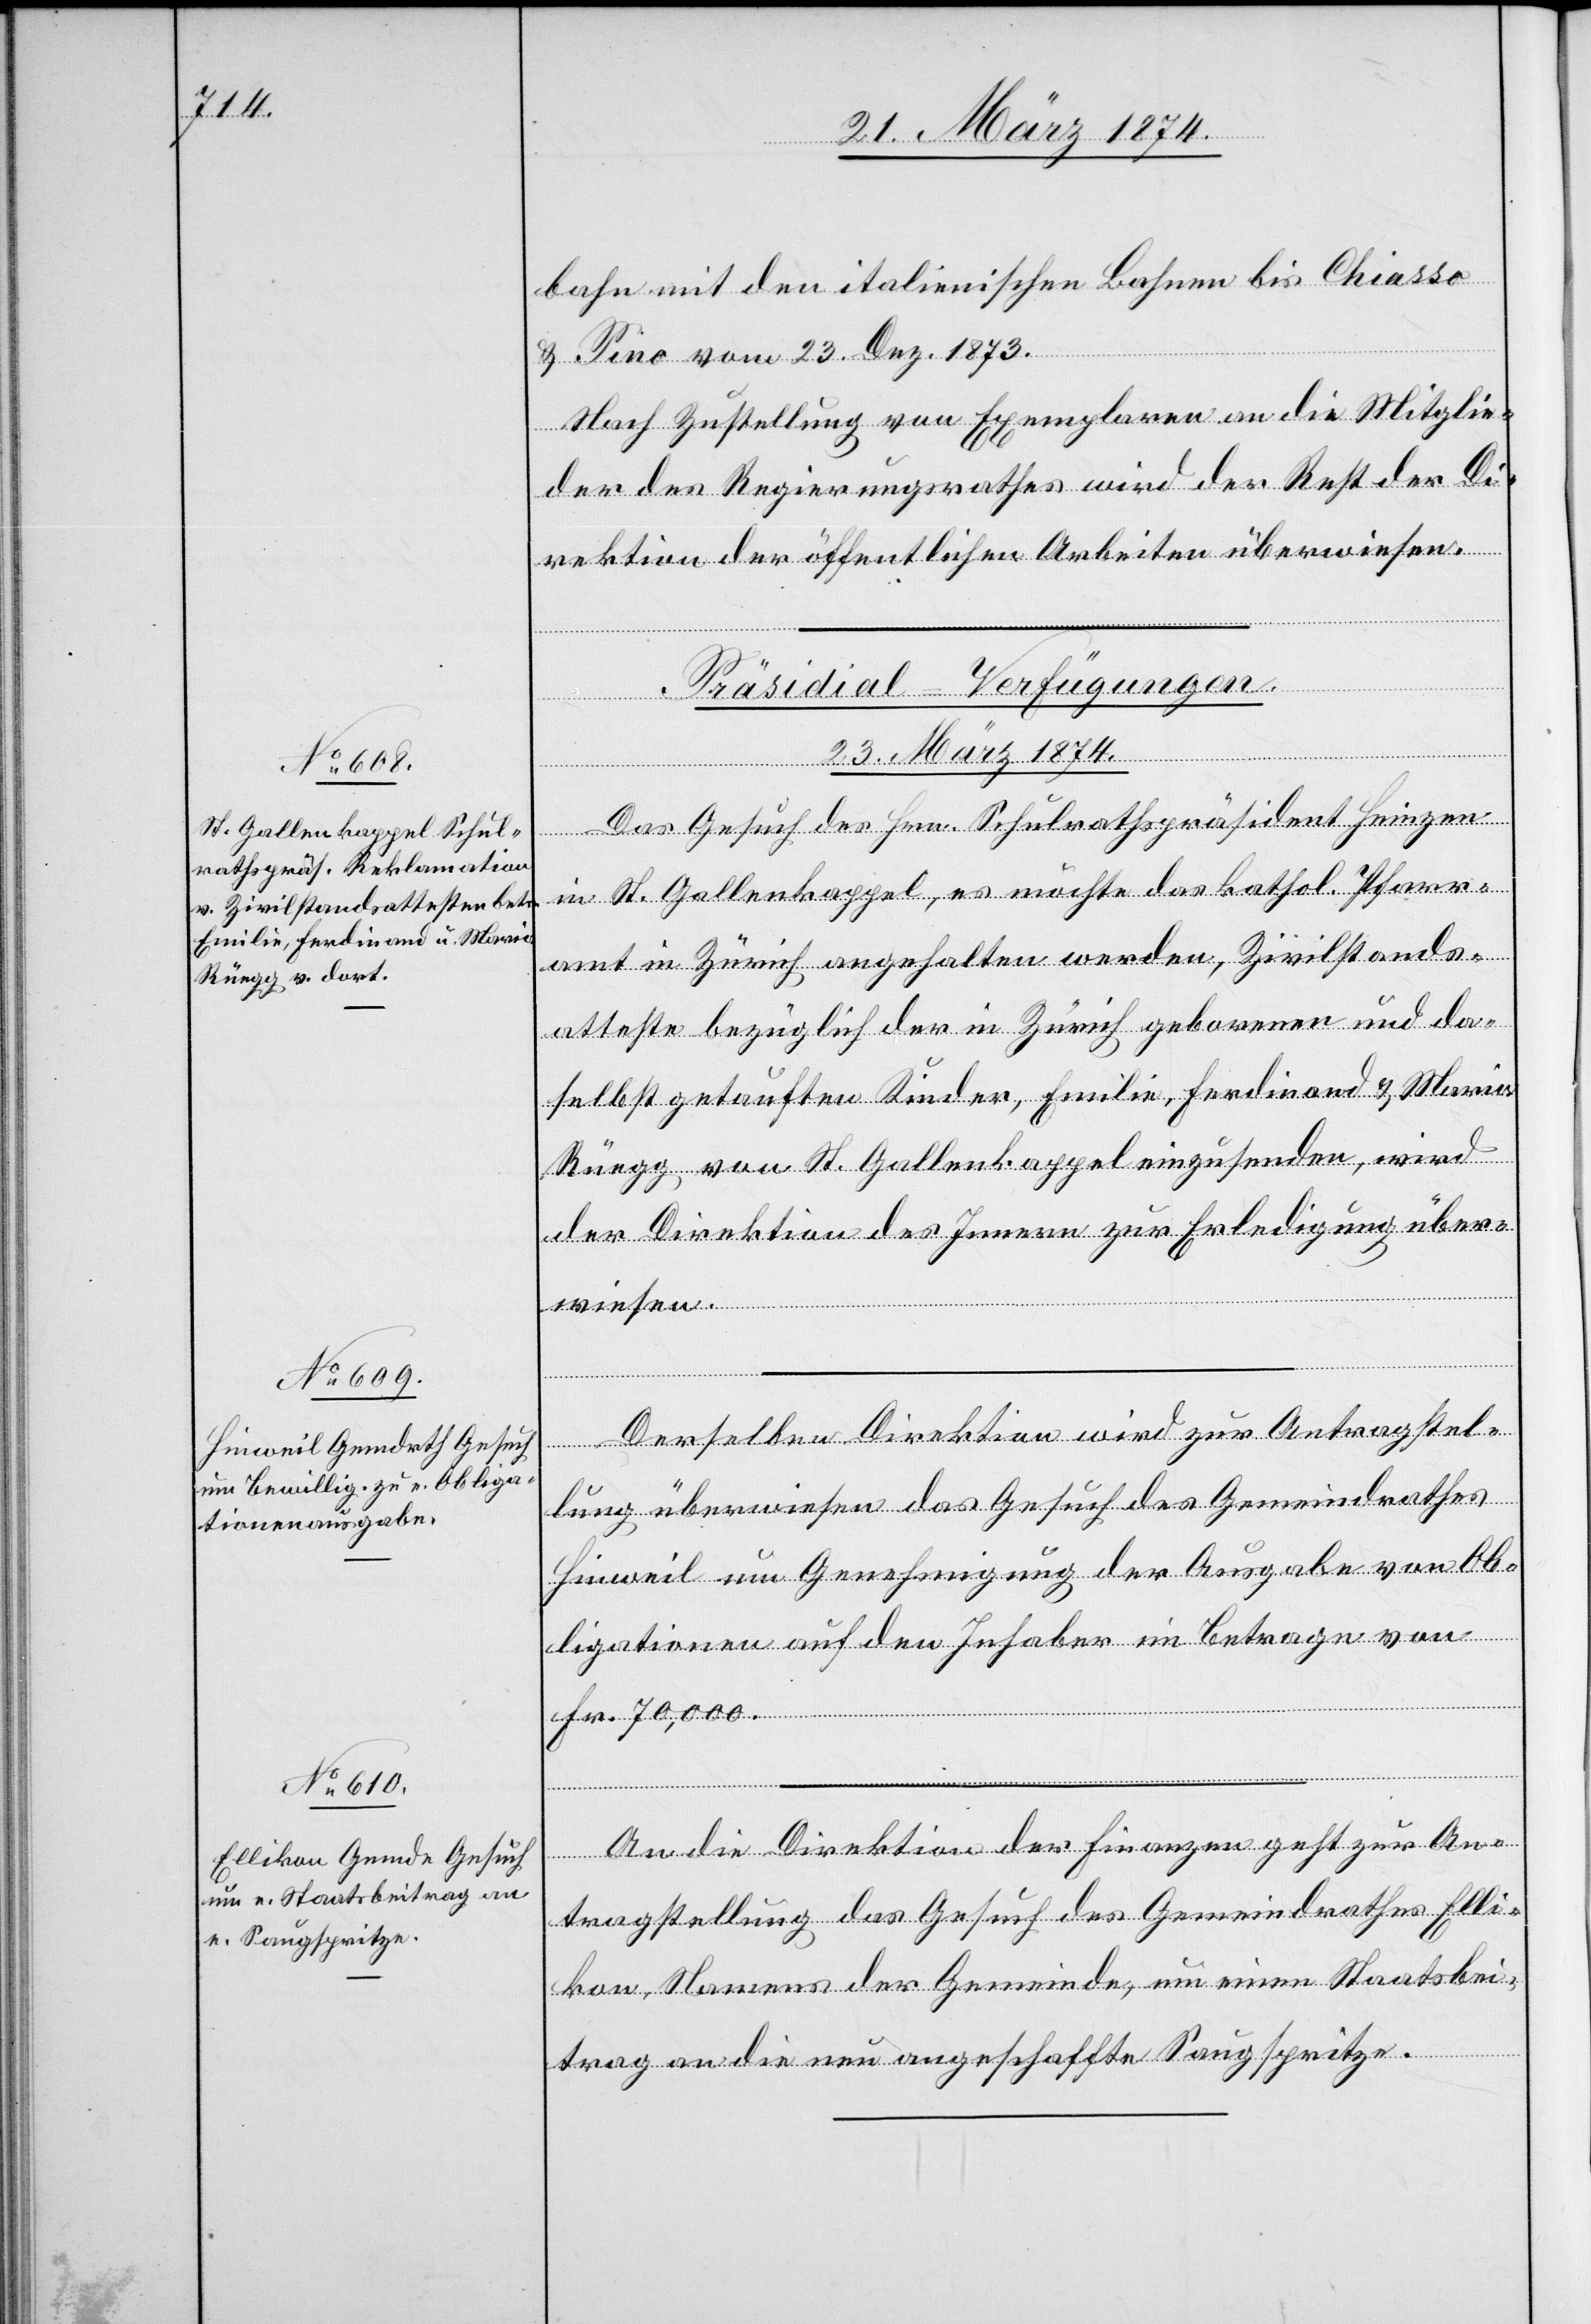
bahn mit den italienischen Bahnen bis Chiasso
u. Tino vom 23. Dez. 1873.
Nach Zustellung von Exemplaren an die Mitglie¬
der des Regierungsrathes wird der Rest der Di¬
rektion der öffentlichen Arbeiten überwiesen.
[Präsidial-Verfügungen.
23. März 1874.]
Das Gesuch des Hrn. Schulrathspräsident Heinzen
in St. Gallenkappel, es möchte das katho. Pfarr¬
amt in Zürich angehalten werden, Zivilstands¬
atteste bezüglich der in Zürich geborenen und da¬
selbst getauften Kinder, Emilie, Ferdinand u. Maria
Rüegg von St. Gallenkappel einzusenden, wird
der Direktion des Innern zur Erledigung über¬
wiesen.
Fr.
Derselben Direktion wird zur Antragstel¬
lung überwiesen das Gesuch des Gemeindrathes
Hinweil um Genehmigung der Ausgabe von Ob¬
ligationen auf den Inhaber im Betrage von
An die Direktion der Finanzen geht zur An¬
tragstellung das Gesuch des Gemeindrathes Elli¬
kon, Namens der Gemeinde, um einen Staatsbei¬
trag an die neu angeschaffte Saugspritze.